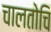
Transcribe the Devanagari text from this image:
चालतोचि